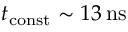
t _ { \mathrm { c o n s t } } \sim 1 3 \, \mathrm { n s }